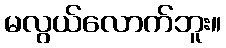
မလွယ်လောက်ဘူး။